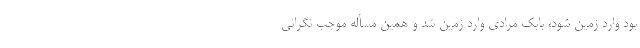
بود وارد زمین شود، بابک مرادی وارد زمین شد و همین مسأله موجب نگرانی